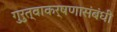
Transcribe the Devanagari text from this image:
गुरुत्वाकर्षणासंबंधी